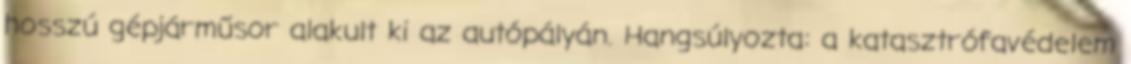
hosszú gépjárműsor alakult ki az autópályán. Hangsúlyozta: a katasztrófavédelem